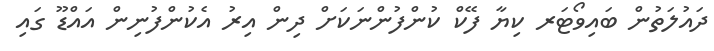
ދައުލަތުން ބައިވޯޓަރ ކިޔާ ފޭކް ކުންފުންނަކަށް ދިން އިރު އެކުންފުނިން އައްޑޫ ގައި